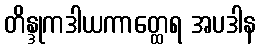
တိန္ဒုကဒါယကာတ္ထေရ အပဒါန